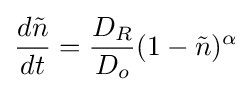
{\frac {d{\tilde {n}}}{dt}}={\frac {D_{R}}{D_{o}}}(1-{\tilde {n}})^{\alpha }